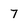
Character: 7